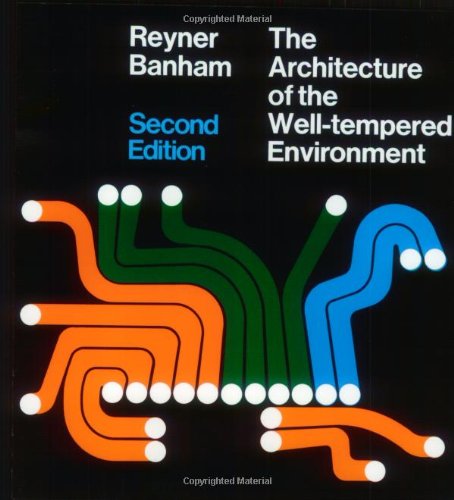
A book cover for Architecture of the Well-Tempered Environment; Reyner Banham; Arts & Photography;